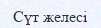
Сүт желесі